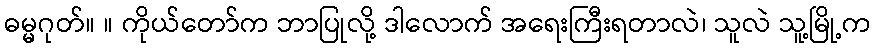
ဓမ္မဂုတ်။ ။ ကိုယ်တော်က ဘာပြုလို့ ဒါလောက် အရေးကြီးရတာလဲ၊ သူလဲ သူ့မြို့က